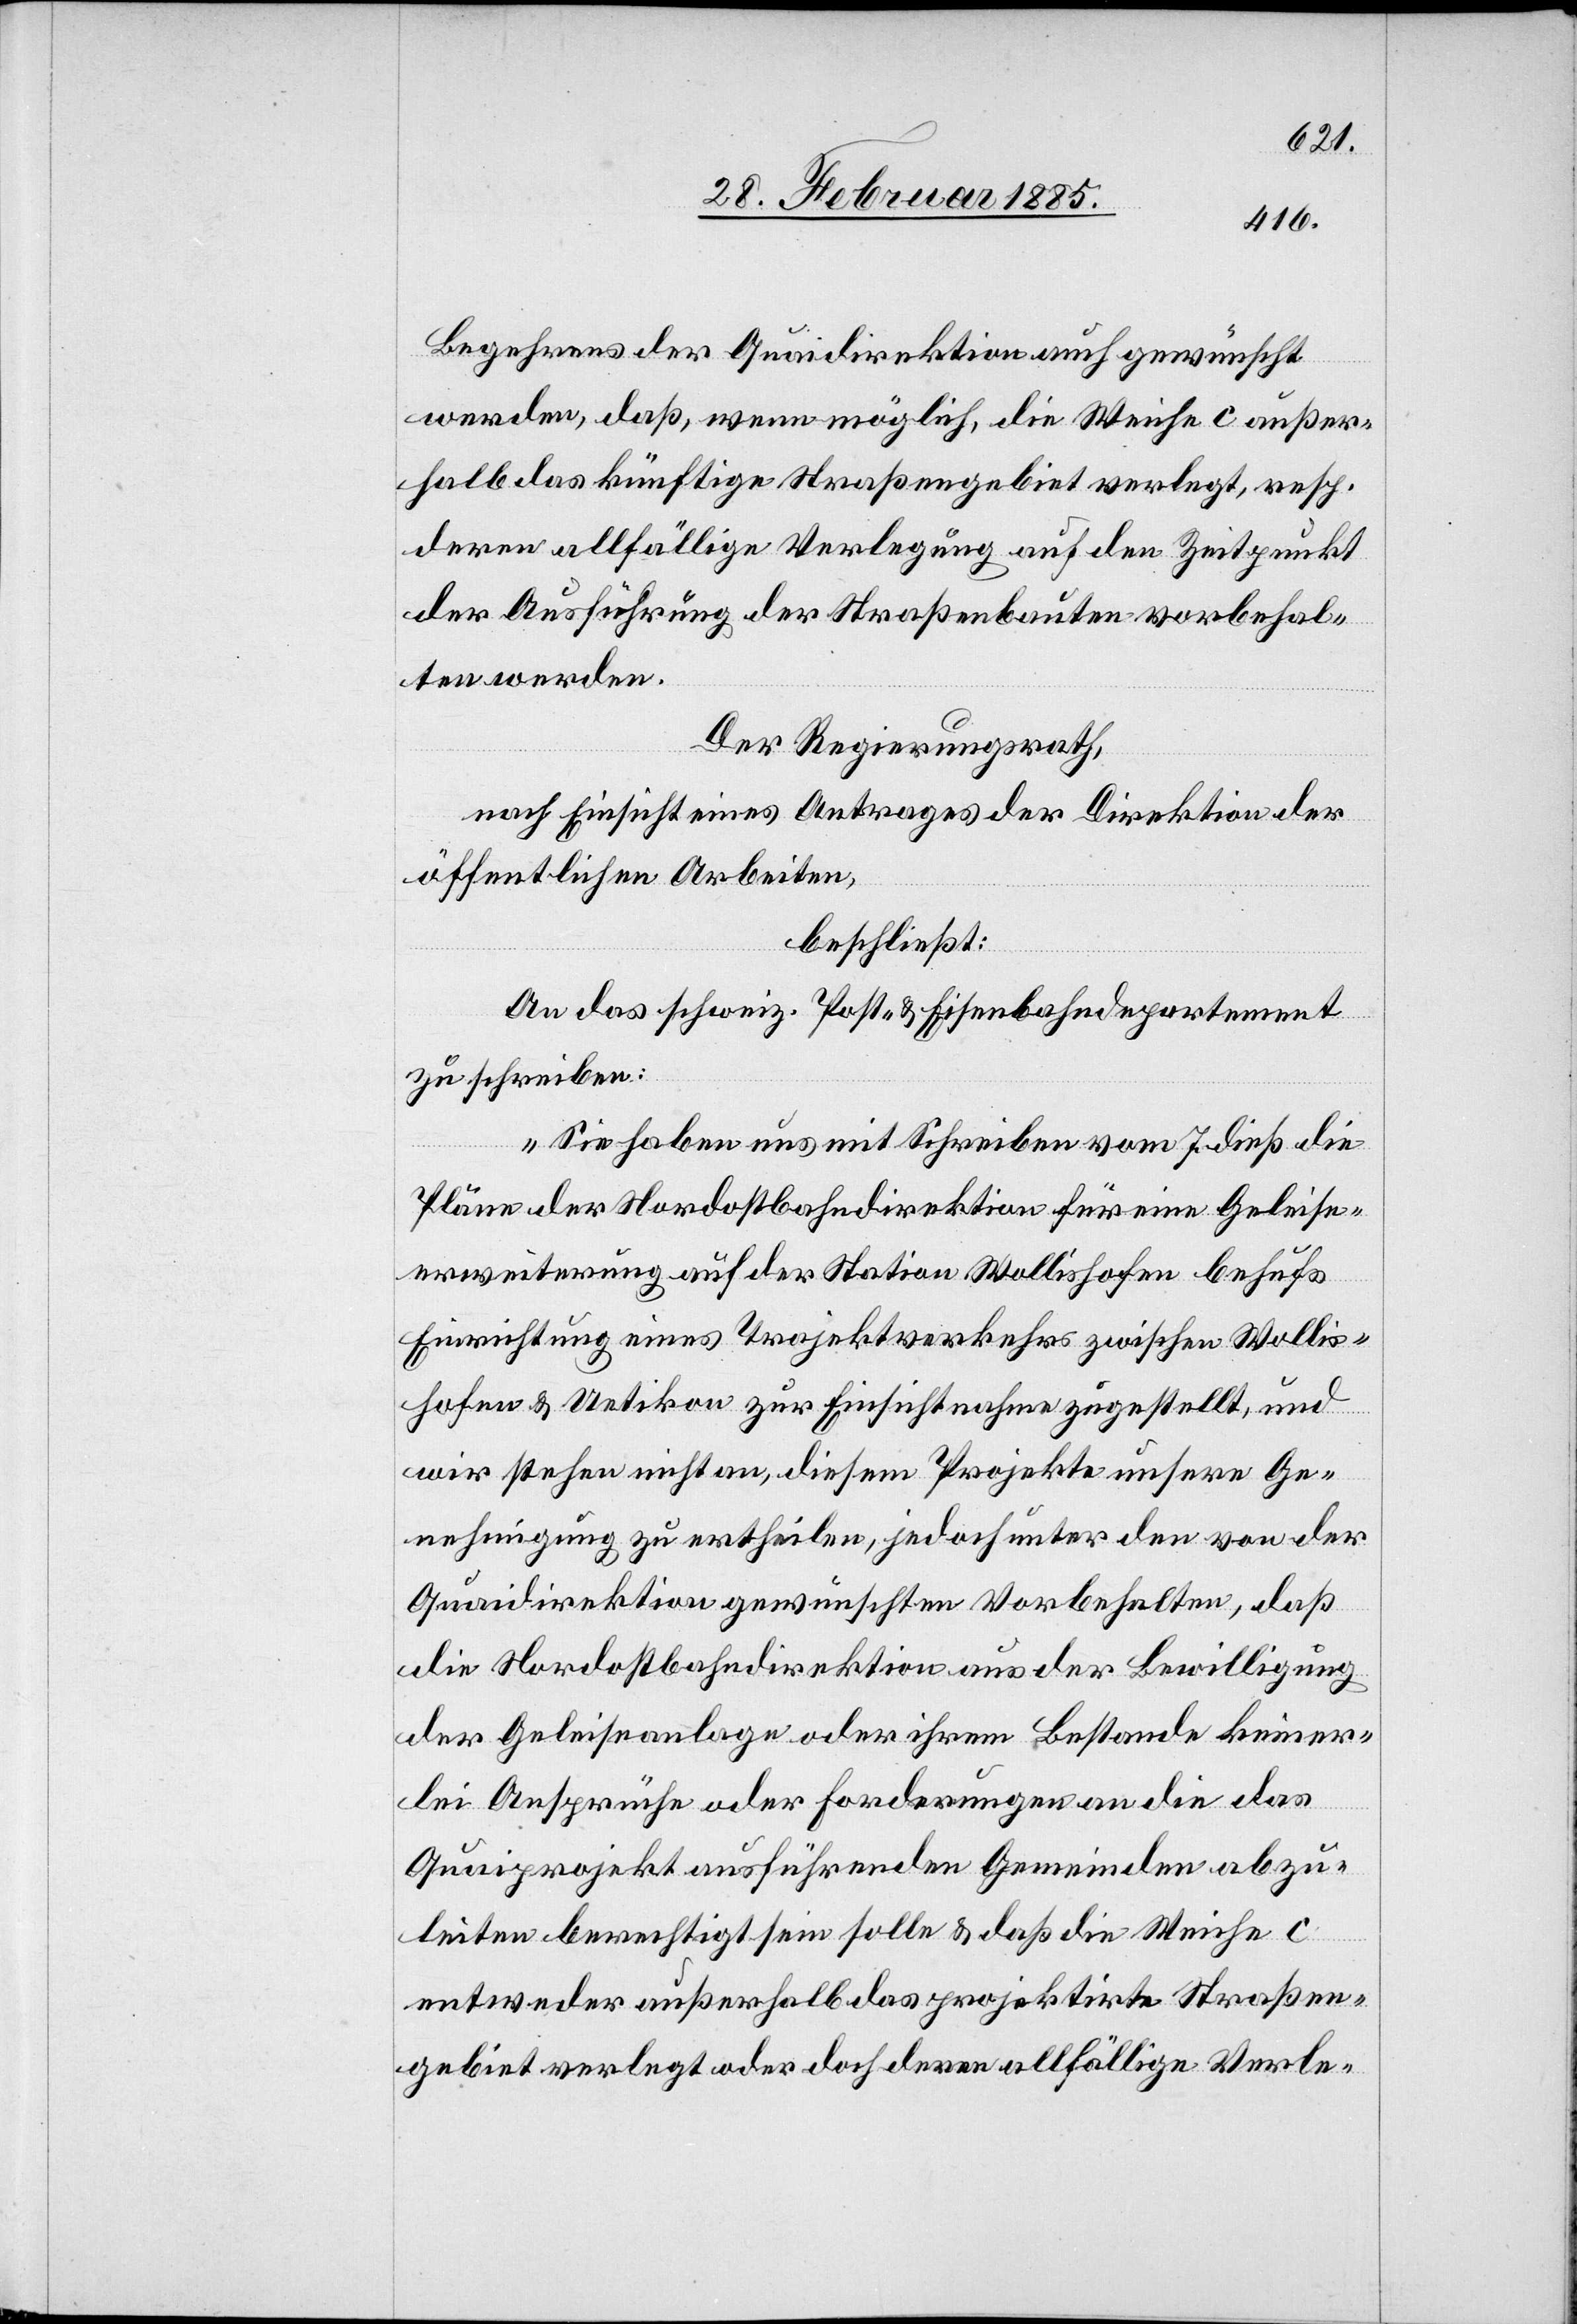
Begehrens der Quaidirektion auch gewünscht
werden, daß, wenn möglich, die Weiche C außer¬
halb das künftige Straßengebiet verlegt, resp.
deren allfällige Verlegung auf den Zeitpunkt
der Ausführung der Straßenbauten vorbehal¬
ten werden.
Der Regierungsrath,
nach Einsicht eines Antrages der Direktion der
öffentlichen Arbeiten,
beschließt:
An das schweiz. Post- & Eisenbahndepartement
zu schreiben:
„Sie haben uns mit Schreiben vom 7. dieß die
Pläne der Nordostbahndirektion für eine Geleise¬
erweiterung auf der Station Wollishofen behufs
Einrichtung eines Trajektverkehrs zwischen Wollis¬
hofen & Uetikon zur Einsichtnahme zugestellt, und
wir stehen nicht an, diesem Projekte unsere Ge¬
nehmigung zu ertheilen, jedoch unter der von der
Quaidirektion gewünschten Vorbehalten, daß
die Nordostbahndirektion aus der Bewilligung
der Geleiseanlage oder ihrem Bestande keiner¬
lei Ansprüche oder Forderungen an die das
Quaiprojekt ausführenden Gemeinden abzu¬
leiten berechtigt sein solle & daß die Weiche C
entweder außerhalb das projektirte Straßen¬
gebiet verlegt oder deren allfällige Verle-